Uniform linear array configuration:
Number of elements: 24
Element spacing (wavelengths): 0.5
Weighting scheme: hann
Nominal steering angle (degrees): -45
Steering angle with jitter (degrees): -44.955
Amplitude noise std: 0.05
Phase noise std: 0.05

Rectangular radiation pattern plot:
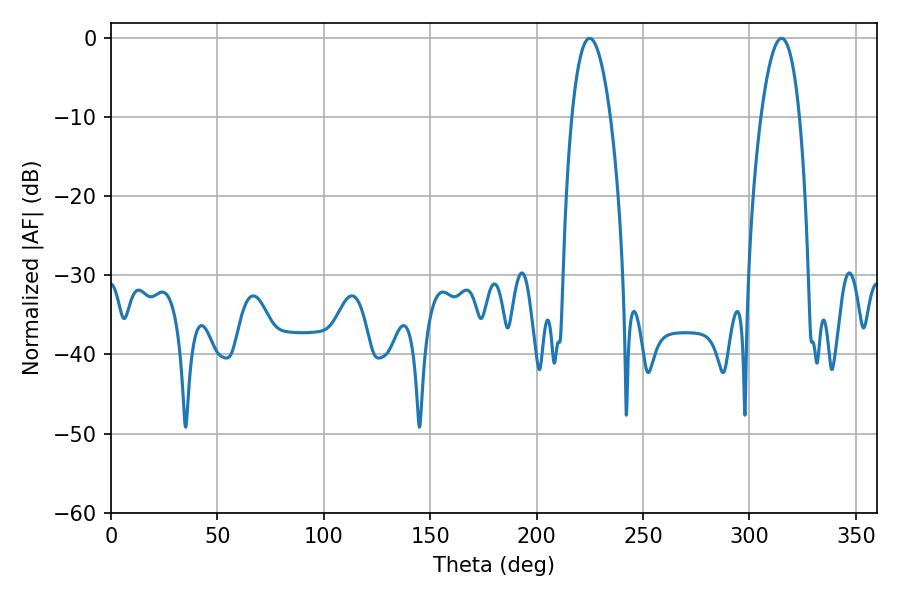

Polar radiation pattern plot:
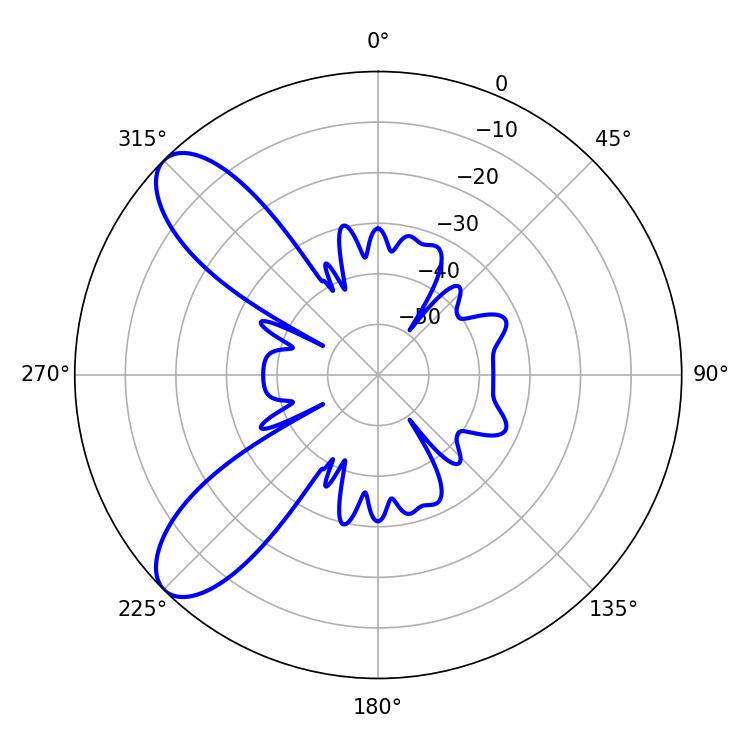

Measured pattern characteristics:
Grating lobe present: FALSE
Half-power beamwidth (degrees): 10.08
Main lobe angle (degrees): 224.82